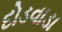
દોડવાડા